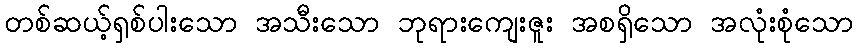
တစ်ဆယ့်ရှစ်ပါးသော အသီးသော ဘုရားကျေးဇူး အစရှိသော အလုံးစုံသော